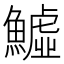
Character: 鱋